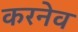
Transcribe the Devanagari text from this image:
करनेव